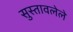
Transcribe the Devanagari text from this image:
सुस्तावलेले